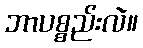
ဘာပစ္စည်းလဲ။